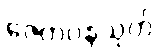
ဇေတဝနသုတ်